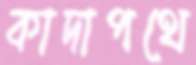
কাদাপথে